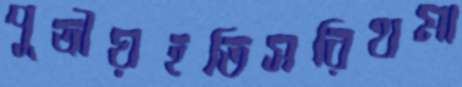
পুত্রীয়হতিসরিথমা